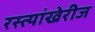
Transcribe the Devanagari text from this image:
रस्त्यांखेरीज